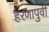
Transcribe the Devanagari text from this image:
हरणापुर्वी